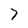
Character: 7